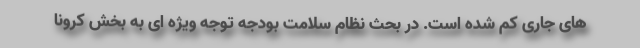
های جاری کم شده است. در بحث نظام سلامت بودجه توجه ویژه ای به بخش کرونا